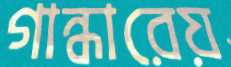
গান্ধারেয়